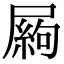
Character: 𡳍